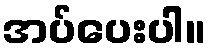
အပ်ပေးပါ။